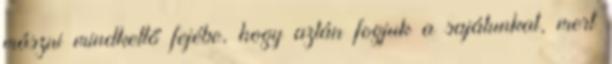
mászni mindkettő fejébe, hogy aztán fogjuk a sajátunkat, mert